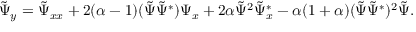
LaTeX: \tilde { \Psi } _ { y } = \tilde { \Psi } _ { x x } + 2 ( \alpha - 1 ) ( \tilde { \Psi } \tilde { \Psi } ^ { * } ) \Psi _ { x } + 2 \alpha \tilde { \Psi } ^ { 2 } \tilde { \Psi } _ { x } ^ { * } - \alpha ( 1 + \alpha ) ( \tilde { \Psi } \tilde { \Psi } ^ { * } ) ^ { 2 } \tilde { \Psi } .